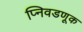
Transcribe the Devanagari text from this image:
प्निवडणूक